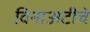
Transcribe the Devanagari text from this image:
विनाअटीचे